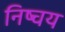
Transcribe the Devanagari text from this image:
निष्चय